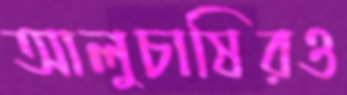
আলুচাষিরও